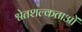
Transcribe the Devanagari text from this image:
श्वेतशल्कताओं